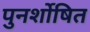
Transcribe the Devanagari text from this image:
पुनर्शोषित